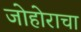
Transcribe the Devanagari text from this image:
जोहोराचा